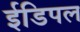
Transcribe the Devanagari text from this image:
ईडिपल